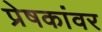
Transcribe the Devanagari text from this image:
प्रेषकांवर